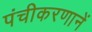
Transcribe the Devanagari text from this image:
पंचीकरणानें